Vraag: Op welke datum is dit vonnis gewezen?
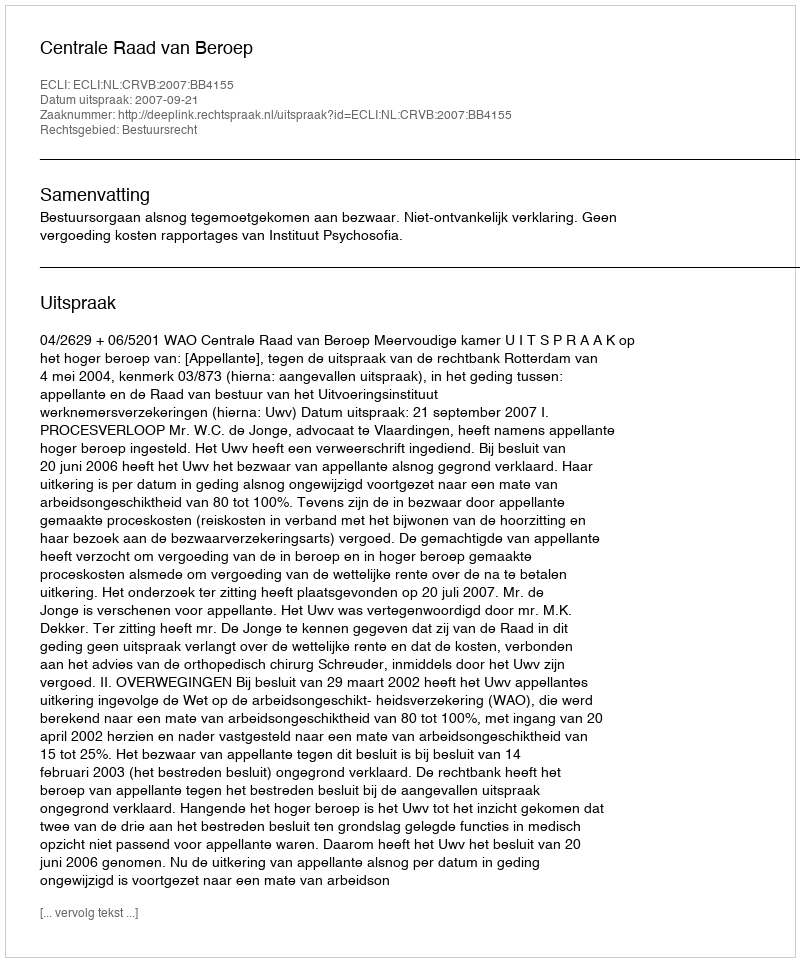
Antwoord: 2007-09-21